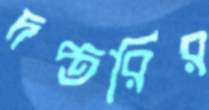
দপ্তরির